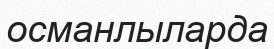
османлыларда